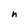
Character: n